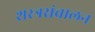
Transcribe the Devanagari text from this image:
शस्त्रसंचालन